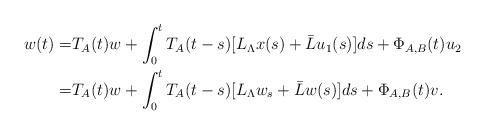
\begin{align*} w(t)=&T_A(t)w+\int_0^tT_A(t-s)[L_\Lambda x(s)+\bar{L}u_1(s)]ds+\Phi_{A,B}(t)u_2\\=&T_A(t)w+\int_0^tT_A(t-s)[L_\Lambda w_s+\bar{L}w(s)]ds+\Phi_{A,B}(t)v.\end{align*}